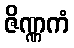
ဇိဏ္ဏကံ